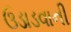
ઉડાડવાની